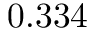
0 . 3 3 4